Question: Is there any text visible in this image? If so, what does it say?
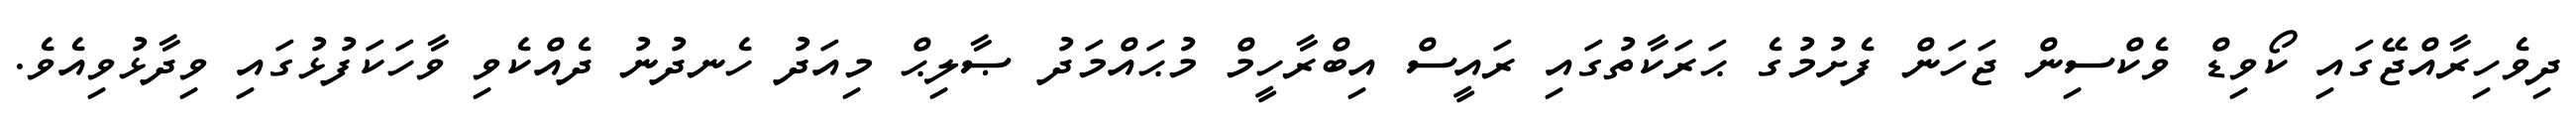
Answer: ދިވެހިރާއްޖޭގައި ކޯވިޑް ވެކްސިން ޖަހަން ފެށުމުގެ ޙަރަކާތުގައި ރައީސް އިބްރާހީމް މުޙައްމަދު ޞާލިޙް މިއަދު ހެނދުނު ދެއްކެވި ވާހަކަފުޅުގައި ވިދާޅުވިއެވެ.